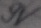
Text: 9V